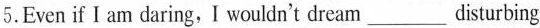
5.Even if I am daring, I wouldn't dream ___ disturbing